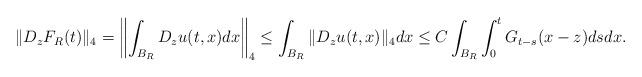
LaTeX: \begin{align*}& \|D_{z}F_R(t)\|_4 =\left\|\int_{B_R} D_{z}u(t,x) dx \right\|_4 \leq \int_{B_R} \|D_{z} u(t,x) \|_4 dx \leq C \int_{B_R} \int_0^t G_{t-s}(x-z) dsdx.\end{align*}